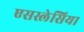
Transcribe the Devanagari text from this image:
एसस्लेसिया